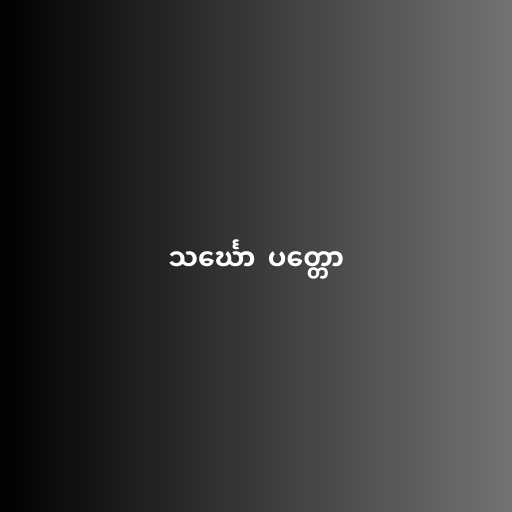
သင်္ဃော  ပတ္တော